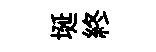
埏終